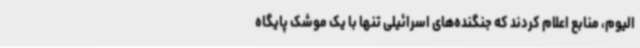
الیوم، منابع اعلام کردند که جنگنده‌های اسرائیلی تنها با یک موشک پایگاه